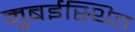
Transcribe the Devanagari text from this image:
मुबईस्थित